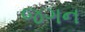
જગન